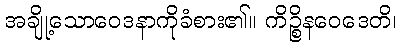
အချို့သောဝေဒနာကိုခံစား၏။ ကိဉ္စိနဝေဒေတိ၊